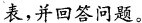
表，并回答问题。